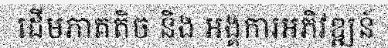
ដើមភាគតិច និង អង្គការអភិវឌ្ឍន៍